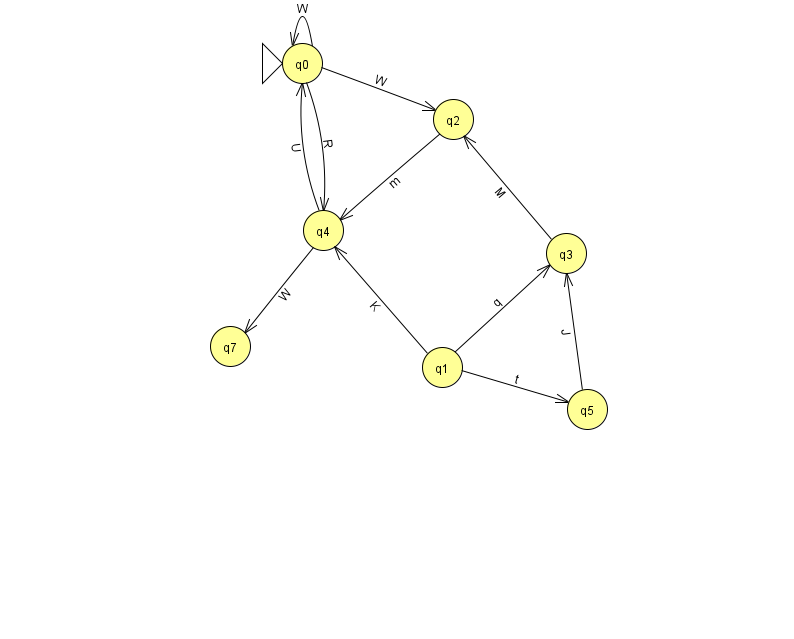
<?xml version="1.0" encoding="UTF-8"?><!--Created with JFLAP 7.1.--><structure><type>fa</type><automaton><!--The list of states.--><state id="0" name="q0"><x>302.0</x><y>50.0</y><initial/></state><state id="1" name="q1"><x>442.0</x><y>354.0</y></state><state id="2" name="q2"><x>453.0</x><y>106.0</y></state><state id="3" name="q3"><x>566.0</x><y>240.0</y></state><state id="4" name="q4"><x>323.0</x><y>217.0</y></state><state id="5" name="q5"><x>587.0</x><y>396.0</y></state><state id="7" name="q7"><x>230.0</x><y>333.0</y></state><!--The list of transitions.--><transition><from>1</from><to>5</to><read>t</read></transition><transition><from>2</from><to>4</to><read>m</read></transition><transition><from>1</from><to>3</to><read>q</read></transition><transition><from>1</from><to>4</to><read>K</read></transition><transition><from>0</from><to>2</to><read>W</read></transition><transition><from>0</from><to>0</to><read>W</read></transition><transition><from>4</from><to>0</to><read>U</read></transition><transition><from>3</from><to>2</to><read>M</read></transition><transition><from>4</from><to>7</to><read>W</read></transition><transition><from>5</from><to>3</to><read>J</read></transition><transition><from>0</from><to>4</to><read>R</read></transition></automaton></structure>